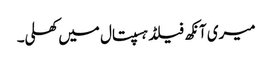
میری آنکھ فیلڈ ہسپتال میں کھلی۔